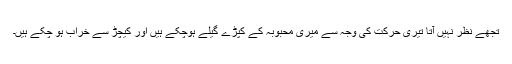
تجھے نظر نہیں آتا تیری حَرکت کی وجہ سے میری مِحبوبہ کے کَپڑے گیلے ہوچکے ہیں اور کیچڑ سے خراب ہو چکے ہیں۔